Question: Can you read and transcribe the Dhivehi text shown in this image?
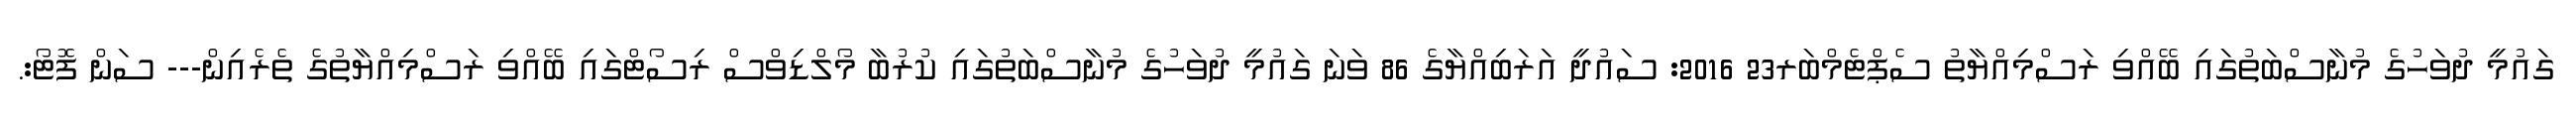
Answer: ގައުމީ ދުވަހުގެ މުނާސްބަތުގައި ބޭއްވި ރަސްމިއްޔާތު ސެޕްޓެމްބަރ23 2016: ސައުދީ އަރަބިއްޔާގެ 86 ވަނަ ގައުމީ ދުވަހުގެ މުނާސްބަތުގައި ކުރުބާ މޯލްޑިވްސް ރިސޯޓްގައި ބޭއްވި ރަސްމިއްޔާތުގެ ތެރެއިން--- ސަން ފޮޓޯ:.